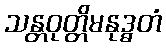
သန္တဝုတ္တိမနုဒ္ဓတံ